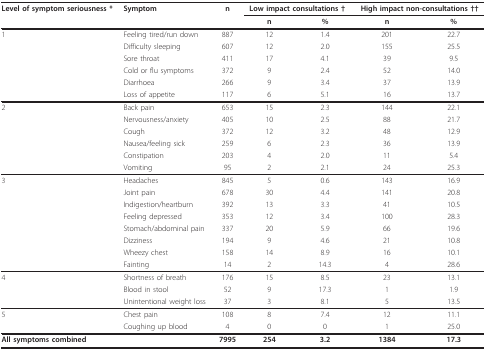
<table><thead><tr><td><b>Level of symptom seriousness *</b></td><td><b>Symptom</b></td><td><b>n</b></td><td colspan="2"><b>Low impact consultations †</b></td><td colspan="2"><b>High impact non-consultations ††</b></td></tr><tr><td></td><td></td><td></td><td><b>n</b></td><td><b>%</b></td><td><b>n</b></td><td><b>%</b></td></tr></thead><tbody><tr><td>1</td><td>Feeling tired/run down</td><td>887</td><td>12</td><td>1.4</td><td>201</td><td>22.7</td></tr><tr><td></td><td>Difficulty sleeping</td><td>607</td><td>12</td><td>2.0</td><td>155</td><td>25.5</td></tr><tr><td></td><td>Sore throat</td><td>411</td><td>17</td><td>4.1</td><td>39</td><td>9.5</td></tr><tr><td></td><td>Cold or flu symptoms</td><td>372</td><td>9</td><td>2.4</td><td>52</td><td>14.0</td></tr><tr><td></td><td>Diarrhoea</td><td>266</td><td>9</td><td>3.4</td><td>37</td><td>13.9</td></tr><tr><td></td><td>Loss of appetite</td><td>117</td><td>6</td><td>5.1</td><td>16</td><td>13.7</td></tr><tr><td>2</td><td>Back pain</td><td>653</td><td>15</td><td>2.3</td><td>144</td><td>22.1</td></tr><tr><td></td><td>Nervousness/anxiety</td><td>405</td><td>10</td><td>2.5</td><td>88</td><td>21.7</td></tr><tr><td></td><td>Cough</td><td>372</td><td>12</td><td>3.2</td><td>48</td><td>12.9</td></tr><tr><td></td><td>Nausea/feeling sick</td><td>259</td><td>6</td><td>2.3</td><td>36</td><td>13.9</td></tr><tr><td></td><td>Constipation</td><td>203</td><td>4</td><td>2.0</td><td>11</td><td>5.4</td></tr><tr><td></td><td>Vomiting</td><td>95</td><td>2</td><td>2.1</td><td>24</td><td>25.3</td></tr><tr><td>3</td><td>Headaches</td><td>845</td><td>5</td><td>0.6</td><td>143</td><td>16.9</td></tr><tr><td></td><td>Joint pain</td><td>678</td><td>30</td><td>4.4</td><td>141</td><td>20.8</td></tr><tr><td></td><td>Indigestion/heartburn</td><td>392</td><td>13</td><td>3.3</td><td>41</td><td>10.5</td></tr><tr><td></td><td>Feeling depressed</td><td>353</td><td>12</td><td>3.4</td><td>100</td><td>28.3</td></tr><tr><td></td><td>Stomach/abdominal pain</td><td>337</td><td>20</td><td>5.9</td><td>66</td><td>19.6</td></tr><tr><td></td><td>Dizziness</td><td>194</td><td>9</td><td>4.6</td><td>21</td><td>10.8</td></tr><tr><td></td><td>Wheezy chest</td><td>158</td><td>14</td><td>8.9</td><td>16</td><td>10.1</td></tr><tr><td></td><td>Fainting</td><td>14</td><td>2</td><td>14.3</td><td>4</td><td>28.6</td></tr><tr><td>4</td><td>Shortness of breath</td><td>176</td><td>15</td><td>8.5</td><td>23</td><td>13.1</td></tr><tr><td></td><td>Blood in stool</td><td>52</td><td>9</td><td>17.3</td><td>1</td><td>1.9</td></tr><tr><td></td><td>Unintentional weight loss</td><td>37</td><td>3</td><td>8.1</td><td>5</td><td>13.5</td></tr><tr><td>5</td><td>Chest pain</td><td>108</td><td>8</td><td>7.4</td><td>12</td><td>11.1</td></tr><tr><td></td><td>Coughing up blood</td><td>4</td><td>0</td><td>0</td><td>1</td><td>25.0</td></tr><tr><td colspan="2"><b>All symptoms combined</b></td><td><b>7995</b></td><td><b>254</b></td><td><b>3.2</b></td><td><b>1384</b></td><td><b>17.3</b></td></tr></tbody></table>